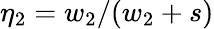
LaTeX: \eta_{2}=w_{2}/(w_{2}+s)